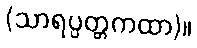
(သာရပ္ပတ္တကထာ)။